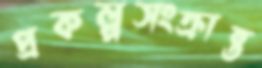
প্রকল্পসংক্রান্ত